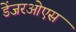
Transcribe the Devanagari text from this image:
डेंजरओएस